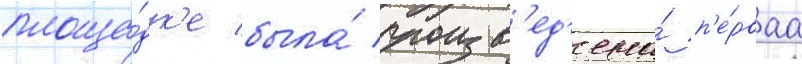
площа́дк'е была́ произв'ед'ена́ п'е́рваа